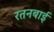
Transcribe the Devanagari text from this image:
रतनबाई